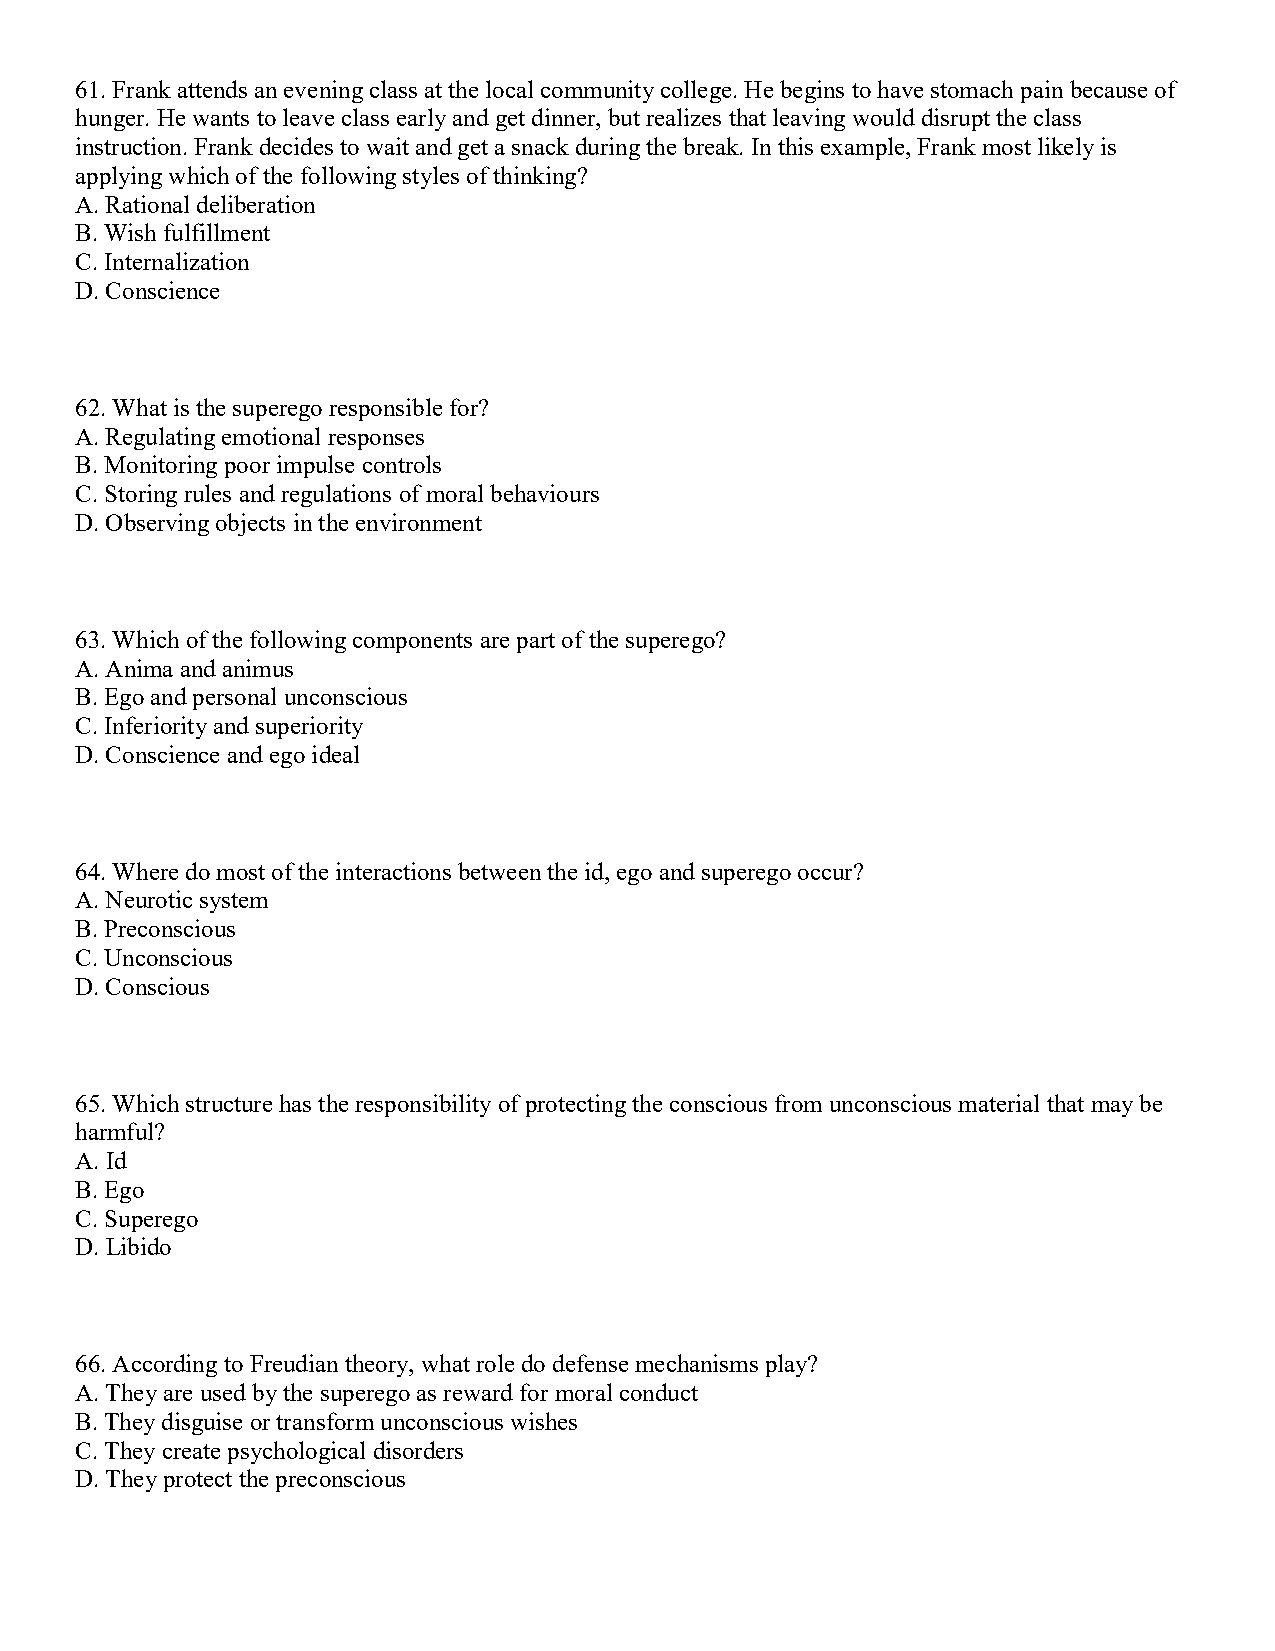
61. Frank attends an evening class at the local community college. He begins to have stomach pain because of
 hunger. He wants to leave class early and get dinner, but realizes that leaving would disrupt the class
 instruction. Frank decides to wait and get a snack during the break. In this example, Frank most likely is
 applying which of the following styles of thinking?
 A. Rational deliberation
 B. Wish fulfillment
 C. Internalization
 D. Conscience
 62. What is the superego responsible for?
 A. Regulating emotional responses
 B. Monitoring poor impulse controls
 C. Storing rules and regulations of moral behaviours
 D. Observing objects in the environment
 63. Which of the following components are part of the superego?
 A. Anima and animus
 B. Ego and personal unconscious
 C. Inferiority and superiority
 D. Conscience and ego ideal
 64. Where do most of the interactions between the id, ego and superego occur?
 A. Neurotic system
 B. Preconscious
 C. Unconscious
 D. Conscious
 65. Which structure has the responsibility of protecting the conscious from unconscious material that may be
 harmful?
 A. Id
 B. Ego
 C. Superego
 D. Libido
 66. According to Freudian theory, what role do defense mechanisms play?
 A. They are used by the superego as reward for moral conduct
 B. They disguise or transform unconscious wishes
 C. They create psychological disorders
 D. They protect the preconscious